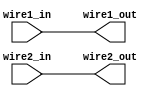
module vivado_is_so_smart (
	input wire wire1_in,
	input wire wire2_in,
	output wire wire1_out,
	output wire wire2_out
);
	assign wire1_out = wire1_in;
	assign wire2_out = wire2_in;
endmodule